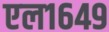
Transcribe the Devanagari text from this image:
एल१६४९